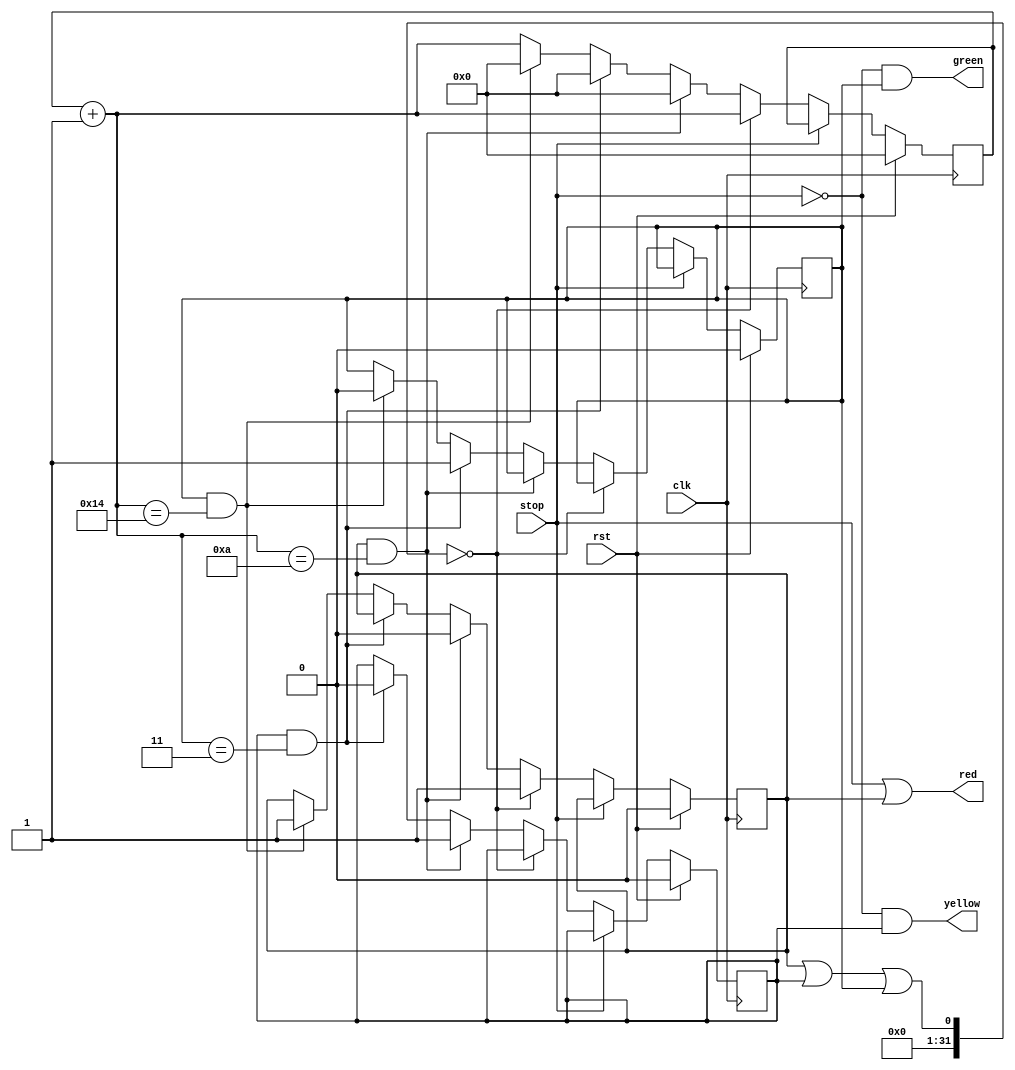
module semaforo(input clk, rst, stop, output red, yellow, green);
	reg[4:0] counter;
	reg redreg, yellowreg, greenreg;
	
	assign red = stop | redreg;
	assign yellow = !stop & yellowreg;
	assign green = !stop & greenreg;
	
	always @(posedge clk) begin
		if (rst) begin
			counter = 0;
			redreg = 0;
			yellowreg = 0;
			greenreg = 0;
		end
		else if (!stop) begin
			counter = counter + 1;
			if ((redreg | yellowreg | greenreg) == 0)
				redreg = 1;
			else if (redreg == 1 && counter == 10) begin
				counter = 0;
				redreg = 0;
				yellowreg = 1;
			end
			else if (yellowreg == 1 && counter == 3) begin
				counter = 0;
				yellowreg = 0;
				greenreg = 1;
			end
			else if (greenreg == 1 && counter == 20) begin
				counter = 0;
				greenreg = 0;
				redreg = 1;
			end
		end
	end
endmodule